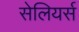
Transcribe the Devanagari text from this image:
सेलियर्स